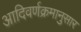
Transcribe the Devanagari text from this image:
आदिवर्णक्रमानुसार